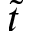
\tilde { t }